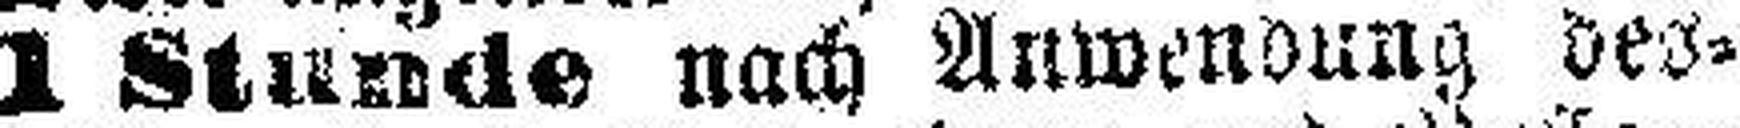
1 Stunde nach Anwendung des¬